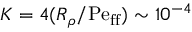
K = 4 ( R _ { \rho } / \mathrm { P e _ { f f } } ) \sim 1 0 ^ { - 4 }